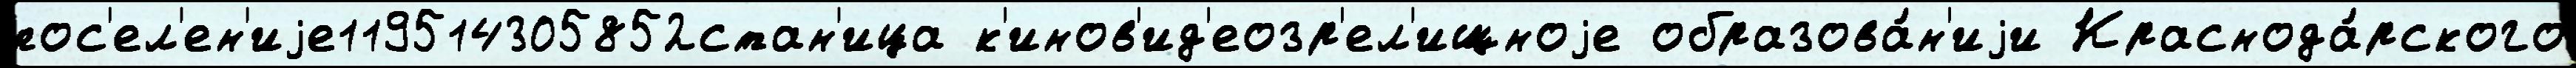
пос'ел'ен'иjе119514305852стан'ица к'инов'ид'еозр'ел'ищноjе образова́н'иjи Краснода́рского